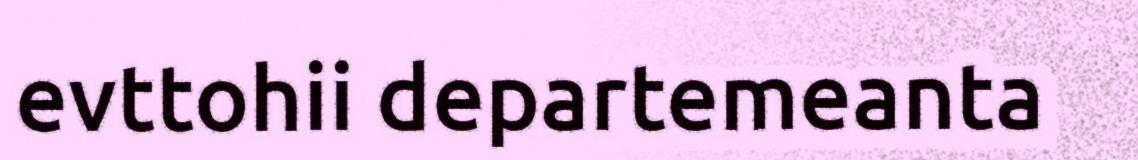
evttohii departemeanta